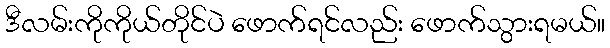
ဒီလမ်းကိုကိုယ်တိုင်ပဲ ဖောက်ရင်လည်း ဖောက်သွားရမယ်။